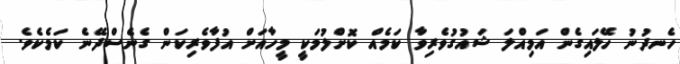
ހެނދުނު ހޭލައިގެން އަމިއްލަ ޝައުގުވެރިވާ ކަމެއް ކޮށްލުމަކީ މީހާއަށް އުފާވެރިކަން ގެނެސްދޭނެ ކަމެކެވެ.